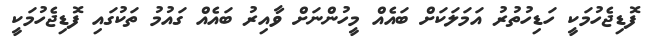
ފޮޑިޖެހުމަކީ ހަޑިހުތުރު އަމަލަކަށް ބައެއް މީހުންނަށް ވާއިރު ބައެއް ގައުމު ތަކުގައި ފޮޑިޖެހުމަކީ